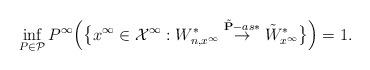
LaTeX: \begin{align*}\inf_{P\in\mathcal P}P^\infty\Big(\big\{x^\infty\in \mathcal X^\infty:W^*_{n,x^\infty}\stackrel{\tilde{\mathbf P}-as*}{\to}\tilde W^*_{x^\infty}\big\}\Big)=1.\end{align*}